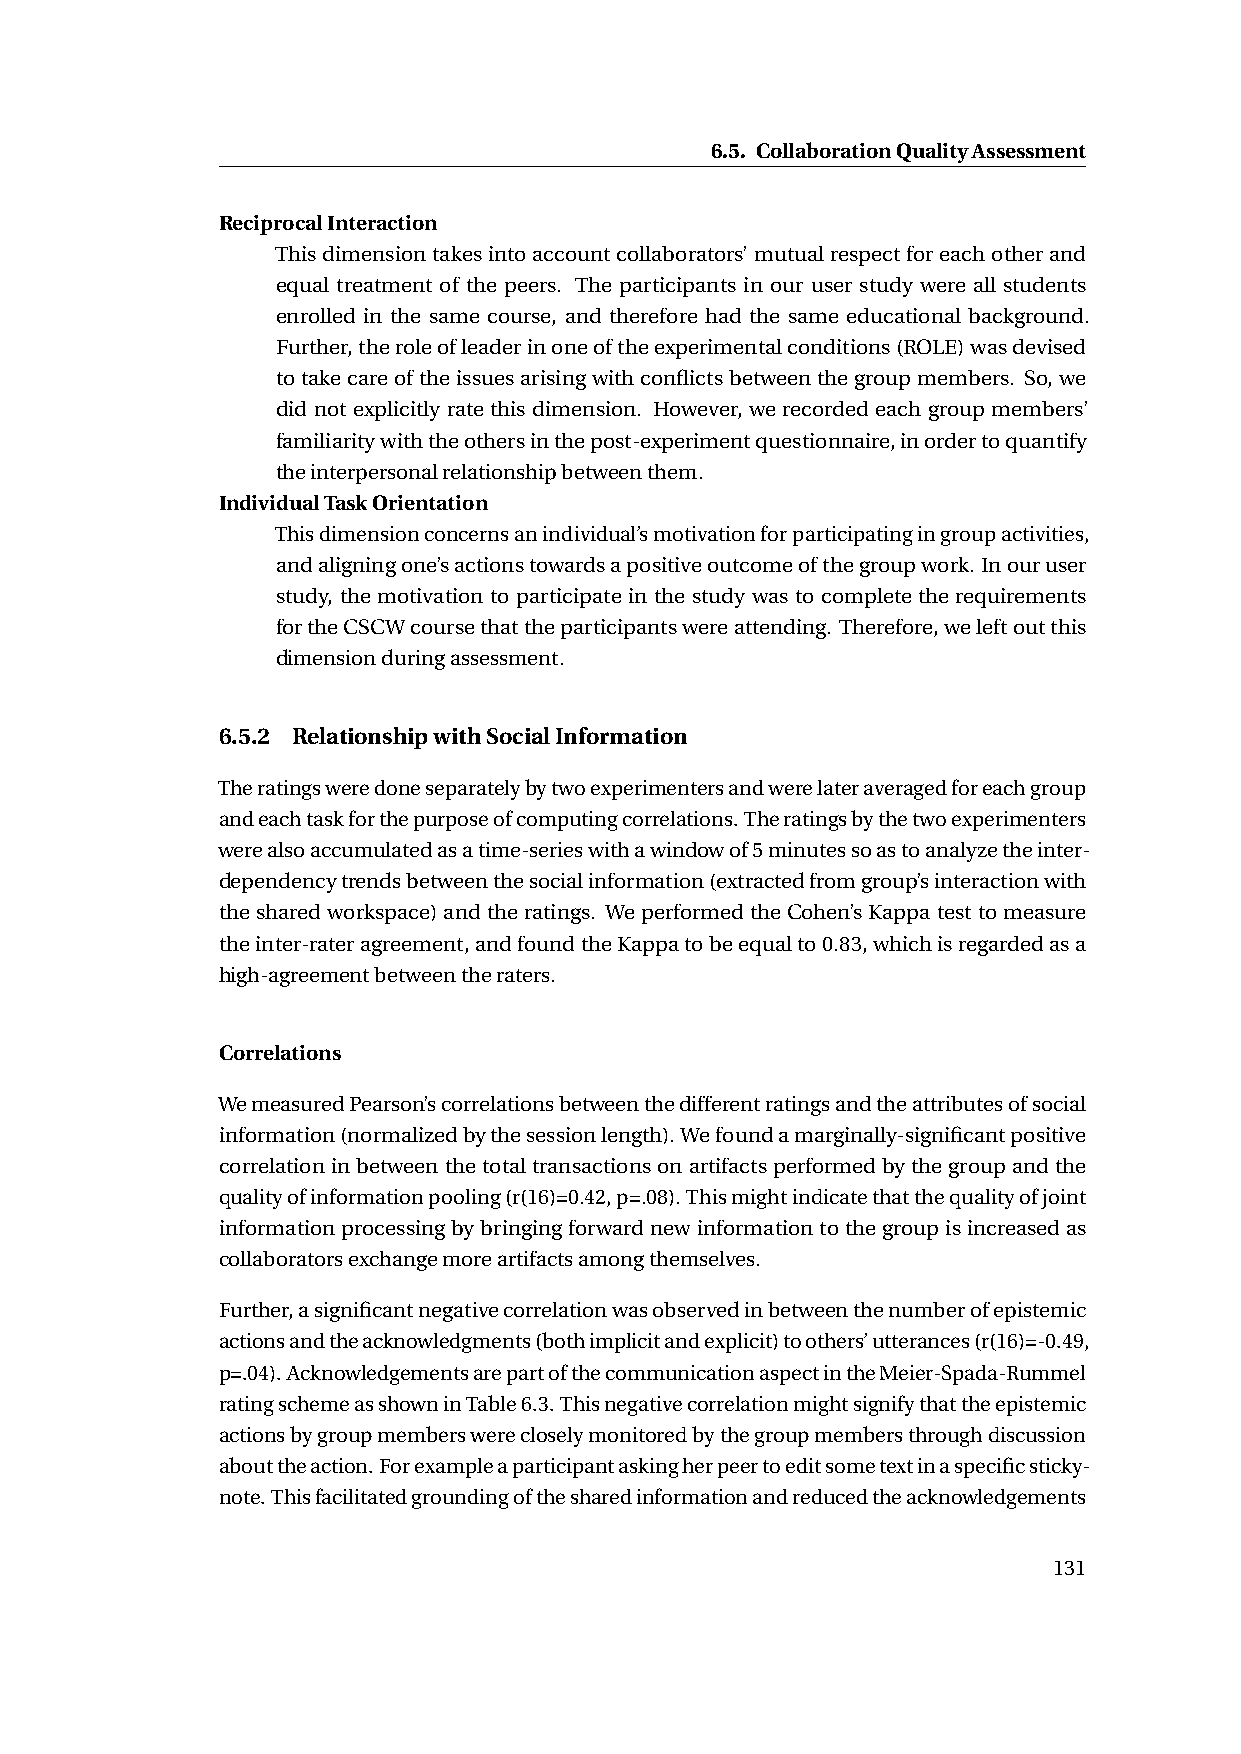
6.5. CollaborationQualityAssessment
 ReciprocalInteraction
 Thisdimensiontakesintoaccountcollaborators’mutualrespectforeachotherand
 equal treatment of the peers. The participants in our user study were all students
 enrolled in the same course, and therefore had the same educational background.
 Further,theroleofleaderinoneoftheexperimentalconditions(ROLE)wasdevised
 totakecareoftheissuesarisingwithconflictsbetweenthegroupmembers. So,we
 did not explicitly rate this dimension. However, we recorded each group members’
 familiaritywiththeothersinthepost-experimentquestionnaire,inordertoquantify
 theinterpersonalrelationshipbetweenthem.
 IndividualTaskOrientation
 Thisdimensionconcernsanindividual’smotivationforparticipatingingroupactivities,
 andaligningone’sactionstowardsapositiveoutcomeofthegroupwork. Inouruser
 study, the motivation to participate in the study was to complete the requirements
 fortheCSCWcoursethattheparticipantswereattending. Therefore,weleftoutthis
 dimensionduringassessment.
 6.5.2 RelationshipwithSocialInformation
 Theratingsweredoneseparatelybytwoexperimentersandwerelateraveragedforeachgroup
 andeachtaskforthepurposeofcomputingcorrelations.Theratingsbythetwoexperimenters
 werealsoaccumulatedasatime-serieswithawindowof5minutessoastoanalyzetheinter-
 dependencytrendsbetweenthesocialinformation(extractedfromgroup’sinteractionwith
 thesharedworkspace)andtheratings. WeperformedtheCohen’sKappatesttomeasure
 theinter-rateragreement,andfoundtheKappatobeequalto0.83,whichisregardedasa
 high-agreementbetweentheraters.
 Correlations
 WemeasuredPearson’scorrelationsbetweenthedifferentratingsandtheattributesofsocial
 information(normalizedbythesessionlength).Wefoundamarginally-significantpositive
 correlationinbetweenthetotaltransactionsonartifactsperformedbythegroupandthe
 qualityofinformationpooling(r(16)=0.42,p=.08).Thismightindicatethatthequalityofjoint
 informationprocessingbybringingforwardnewinformationtothegroupisincreasedas
 collaboratorsexchangemoreartifactsamongthemselves.
 Further,asignificantnegativecorrelationwasobservedinbetweenthenumberofepistemic
 actionsandtheacknowledgments(bothimplicitandexplicit)toothers’utterances(r(16)=-0.49,
 p=.04).AcknowledgementsarepartofthecommunicationaspectintheMeier-Spada-Rummel
 ratingschemeasshowninTable6.3.Thisnegativecorrelationmightsignifythattheepistemic
 actionsbygroupmemberswerecloselymonitoredbythegroupmembersthroughdiscussion
 abouttheaction.Forexampleaparticipantaskingherpeertoeditsometextinaspecificsticky-
 note.Thisfacilitatedgroundingofthesharedinformationandreducedtheacknowledgements
 131